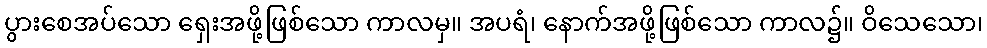
ပွားစေအပ်သော ရှေးအဖို့ဖြစ်သော ကာလမှ။ အပရံ၊ နောက်အဖို့ဖြစ်သော ကာလ၌။ ဝိသေသော၊